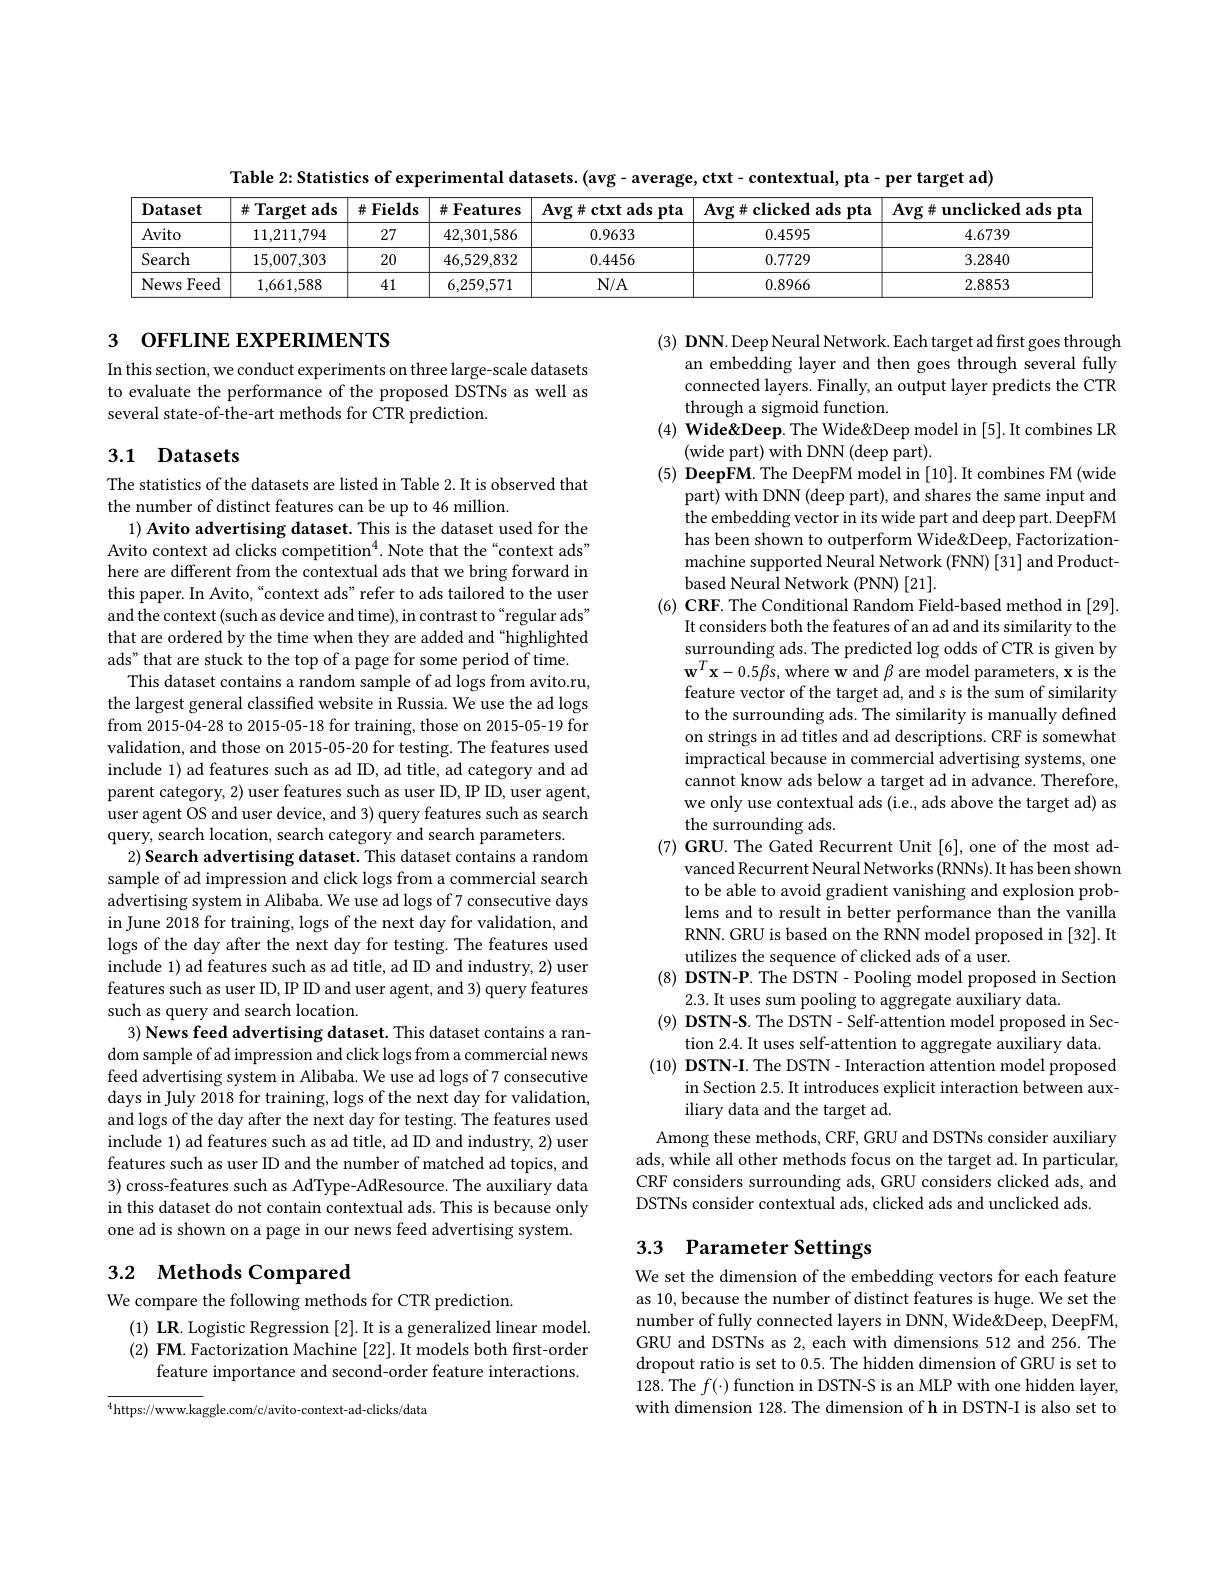
Table 2: Statistics of experimental datasets. (avg - average, ctxt - contextual, pta - per target ad)
<table>
	<tbody>
		<tr>
			<th>Dataset</th>
			<th>井 ${\mathrm{Target~ads}}$</th>
			<th>$\#$Fields </th>
			<th>Features 井 :</th>
			<th>$\mathbf{Avg}\#$ctxt ads pta</th>
			<th>$\mathbf{Avg}\#$clicked ads pta</th>
			<th>$\mathbf{Avg}\#\mathbf{unclicked}$ ads pta</th>
		</tr>
		<tr>
			<td>Avito</td>
			<td>11,211,794</td>
			<td>27</td>
			<td>42,301,586</td>
			<td>0.9633</td>
			<td>0.4595</td>
			<td>4.6739</td>
		</tr>
		<tr>
			<td>Search</td>
			<td>15,007,303</td>
			<td>20</td>
			<td>46,529,832</td>
			<td>0.4456</td>
			<td>0.7729</td>
			<td>3.2840</td>
		</tr>
		<tr>
			<td>News Feed</td>
			<td>1,661,588</td>
			<td>41</td>
			<td>6,259,571</td>
			<td>$N/A$</td>
			<td>0.8966</td>
			<td>2.8853</td>
		</tr>
	</tbody>
</table>

## 3 OFFLINE EXPERIMENTS

In this section, we conduct experiments on three large-scale datasets to evaluate the performance of the proposed DSTNs as well as several state-of-the-art methods for CTR prediction.

## 3.1 Datasets

$( 3) \textbf{ DNN. Deep Neural Network. Each target ad first goes through}$
an embedding layer and then goes through several fully connected layers. Finally, an output layer predicts the CTR through a sigmoid function.
$( 4) \textbf{ Wide" Deep. The Wide" Deep model in [ 5] . It combines LR}$
(wide part) with DNN(deep part).
$( 5) \textbf{ DeepFM. The DeepFM model in [ 10] . It combines FM ( wide) }$
part) with DNN(deep part), and shares the same input and the embedding vector in its wide part and deep part. DeepFM has been shown to outperform Wide&Deep, Factorizationmachine supported Neural Network (FNN) [31] and Productbased Neural Network (PNN) [21].
(6) CRF. The Conditional Random Field-based method in [29].
It considers both the features of an ad and its similarity to the surrounding ads. The predicted log odds of CTR is given by $\mathbf{w}^{T}\mathbf{x}-0.5\beta$s, where w and $\beta$ are model parameters, x is the feature vector of the target ad, and s is the sum of similarity to the surrounding ads. The similarity is manually defined on strings in ad titles and ad descriptions. CRF is somewhat impractical because in commercial advertising systems, one cannot know ads below a target ad in advance. Therefore, we only use contextual ads (i.e., ads above the target ad) as the surrounding ads.
(7) GRU. The Gated Recurrent Unit [6], one of the most ad-
vanced Recurrent Neural Networks (RNNs). It has been shown to be able to avoid gradient vanishing and explosion problems and to result in better performance than the vanilla RNN. GRU is based on the RNN model proposed in [32]. It utilizes the sequence of clicked ads of a user.
(8) DSTN-P. The DSTN - Pooling model proposed in Section
2.3. It uses sum pooling to aggregate auxiliary data.
(9) DSTN-S. The DSTN- Self-attention model proposed in Sec-
tion 2.4. It uses self-attention to aggregate auxiliary data
$( 10) \textbf{ DSTN- I. The DSTN- Interaction attention model proposed}$
in Section 2.5. It introduces explicit interaction between aux-
iliary data and the target ad.
Among these methods, CRF, GRU and DSTNs consider auxiliary ads, while all other methods focus on the target ad. In particular, CRF considers surrounding ads, GRU considers clicked ads, and DSTNs consider contextual ads, clicked ads and unclicked ads

The statistics of the datasets are listed in Table 2.It is observed that
the number of distinct features can be up to 46 million.
$1) \textbf{ Avito advertising dataset. This is the dataset used for the}$ Avito context ad clicks competition$^4.$ Note that the“context ads” here are different from the contextual ads that we bring forward in this paper. In Avito, “context ads” refer to ads tailored to the user and the context (such as device and time), in contrast to "regular ads" that are ordered by the time when they are added and "highlighted ads" that are stuck to the top of a page for some period of time.
This dataset contains a random sample of ad logs from avito.ru, the largest general classified website in Russia. We use the ad logs from 2015-04-28 to 2015-05-18 for training, those on 2015-05-19 for validation, and those on 2015-05-20 for testing. The features used include 1) ad features such as ad ID, ad title, ad category and ad parent category, 2) user features such as user ID, IP ID, user agent, user agent OS and user device, and 3) query features such as search query, search location, search category and search parameters.
$2) \textbf{ Search advertising dataset. This dataset contains a random}$ sample of ad impression and click logs from a commercial search advertising system in Alibaba. We use ad logs of 7 consecutive days in June 2018 for training, logs of the next day for validation, and logs of the day after the next day for testing. The features used include 1) ad features such as ad title, ad ID and industry, 2) user features such as user ID, IP ID and user agent, and 3) query features such as query and search location.
3) News feed advertising dataset. This dataset contains a random sample of ad impression and click logs from a commercial news feed advertising system in Alibaba. We use ad logs of 7 consecutive days in July 2018 for training, logs of the next day for validation, and logs of the day after the next day for testing. The features used include 1) ad features such as ad title, ad ID and industry, 2) user features such as user ID and the number of matched ad topics, and 3) cross-features such as AdType-AdResource. The auxiliary data in this dataset do not contain contextual ads. This is because only one ad is shown on a page in our news feed advertising system. 3.2 Methods Compared

# 3.3 Parameter Settings

We compare the following methods for CTR prediction.
$( 1) \textbf{ LR. Logistic Regression }[ 2] .$It is a generalized linear model. $( 2) \textbf{ FM. Factorization Machine [ 22] . It models both first- order}$
feature importance and second-order feature interactions.

We set the dimension of the embedding vectors for each feature as 10, because the number of distinct features is huge. We set the number of fully connected layers in DNN, Wide&DeepFM, GRU and DSTNs as 2, each with dimensions 512 and 256. The dropout ratio is set to 0.5. The hidden dimension of GRU is set to 128. The $f(\cdot)$ function in DSTN-S is an MLP with one hidden layer, with dimension 128. The dimension of h in DSTN-I is also set to

$^{4}$https://www.kaggle.com/c/avito-context-ad-clicks/data